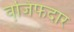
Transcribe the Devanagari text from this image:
वजि़फदार